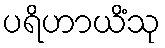
ပရိဟာယိံသု